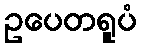
ဥပေတရူပံ